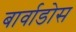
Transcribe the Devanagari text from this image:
बार्वाडोस